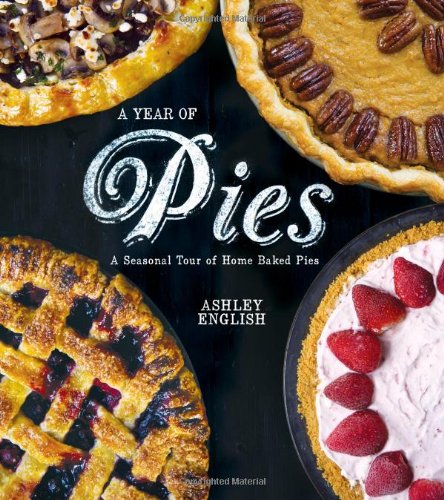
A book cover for A Year of Pies: A Seasonal Tour of Home Baked Pies; Ashley English; Cookbooks, Food & Wine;